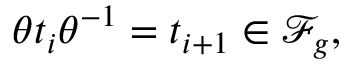
\theta t _ { i } \theta ^ { - 1 } = t _ { i + 1 } \in \mathscr { F } _ { g } ,